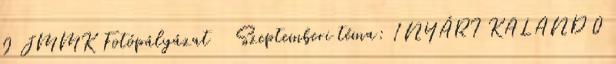
0 JMMK Fotópályázat Szeptemberi téma: 1NYÁRI KALAND 0